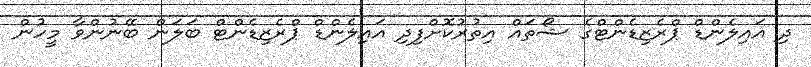
ދި އައިލެންޑް ޕްރެޒިޑެންޓްގެ ޝޯތައް އިތުރުކޮށްފިދި އައިލެންޑް ޕްރެޒިޑެންޓް ބަލަން ބޭނުންވާ މީހުން